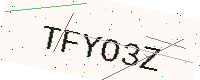
Text: TFYO3Z